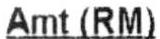
AMT(RM)